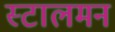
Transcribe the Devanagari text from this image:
स्टालमन